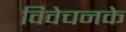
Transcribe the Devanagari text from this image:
विवेचनके